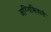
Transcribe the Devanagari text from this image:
अग्निमित्राने